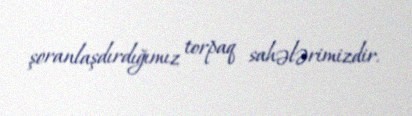
şoranlaşdırdığımız torpaq sahələrimizdir.